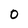
Character: 0